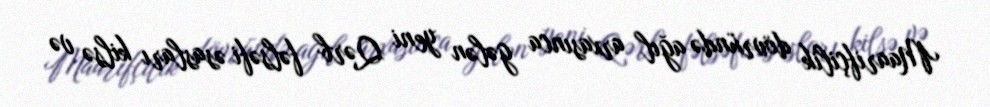
Maarifçilik dövründə ağıl arxasınca gələn yeni Qərb fəlsəfi əsasları kilsə və